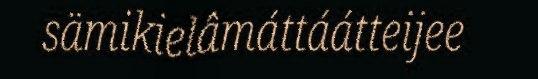
sämikielâmáttáátteijee